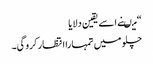
“ میںنے اسے یقین دلایا
چلو میں تمہارا انتظار کرو گی۔